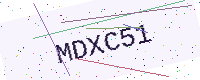
Text: MDXC51